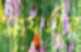
সংঘহীন